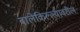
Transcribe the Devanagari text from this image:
बालेकिल्ल्यावरील